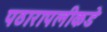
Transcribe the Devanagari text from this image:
पठारापलीकडे